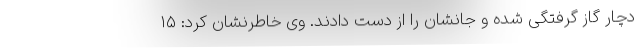
دچار گاز گرفتگی شده و جانشان را از دست دادند. وی خاطرنشان کرد: ۱۵